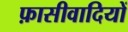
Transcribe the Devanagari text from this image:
फ़ासीवादियों